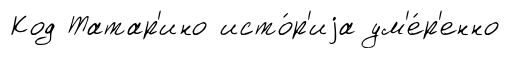
Код Татар'ино исто́р'иjа ум'е́р'енно